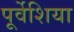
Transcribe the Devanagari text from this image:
पूर्वेशिया